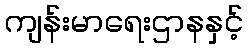
ကျန်းမာရေးဌာနနှင့်